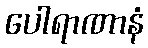
ပေါရာဏာနံ